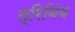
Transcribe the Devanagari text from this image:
त्रिबिंब